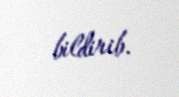
bildirib.